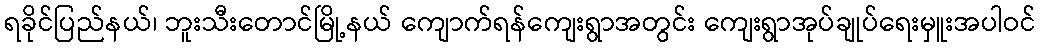
ရခိုင်ပြည်နယ်၊ ဘူးသီးတောင်မြို့နယ် ကျောက်ရန်ကျေးရွာအတွင်း ကျေးရွာအုပ်ချုပ်ရေးမှူးအပါဝင်